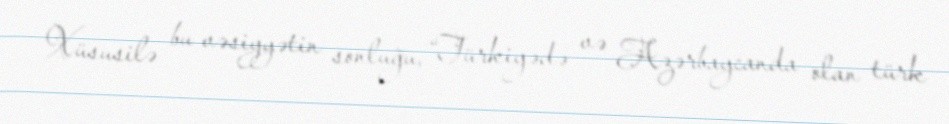
Xüsusilə bu vəsiyyətin sonluğu, “Türkiyədə və Azərbaycanda olan türk